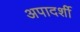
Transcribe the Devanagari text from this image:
अपादर्शी